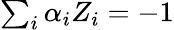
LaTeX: \begin{array}{r}{\sum_{i}\alpha_{i}Z_{i}=-1}\end{array}